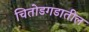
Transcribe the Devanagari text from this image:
चितोडगडातील